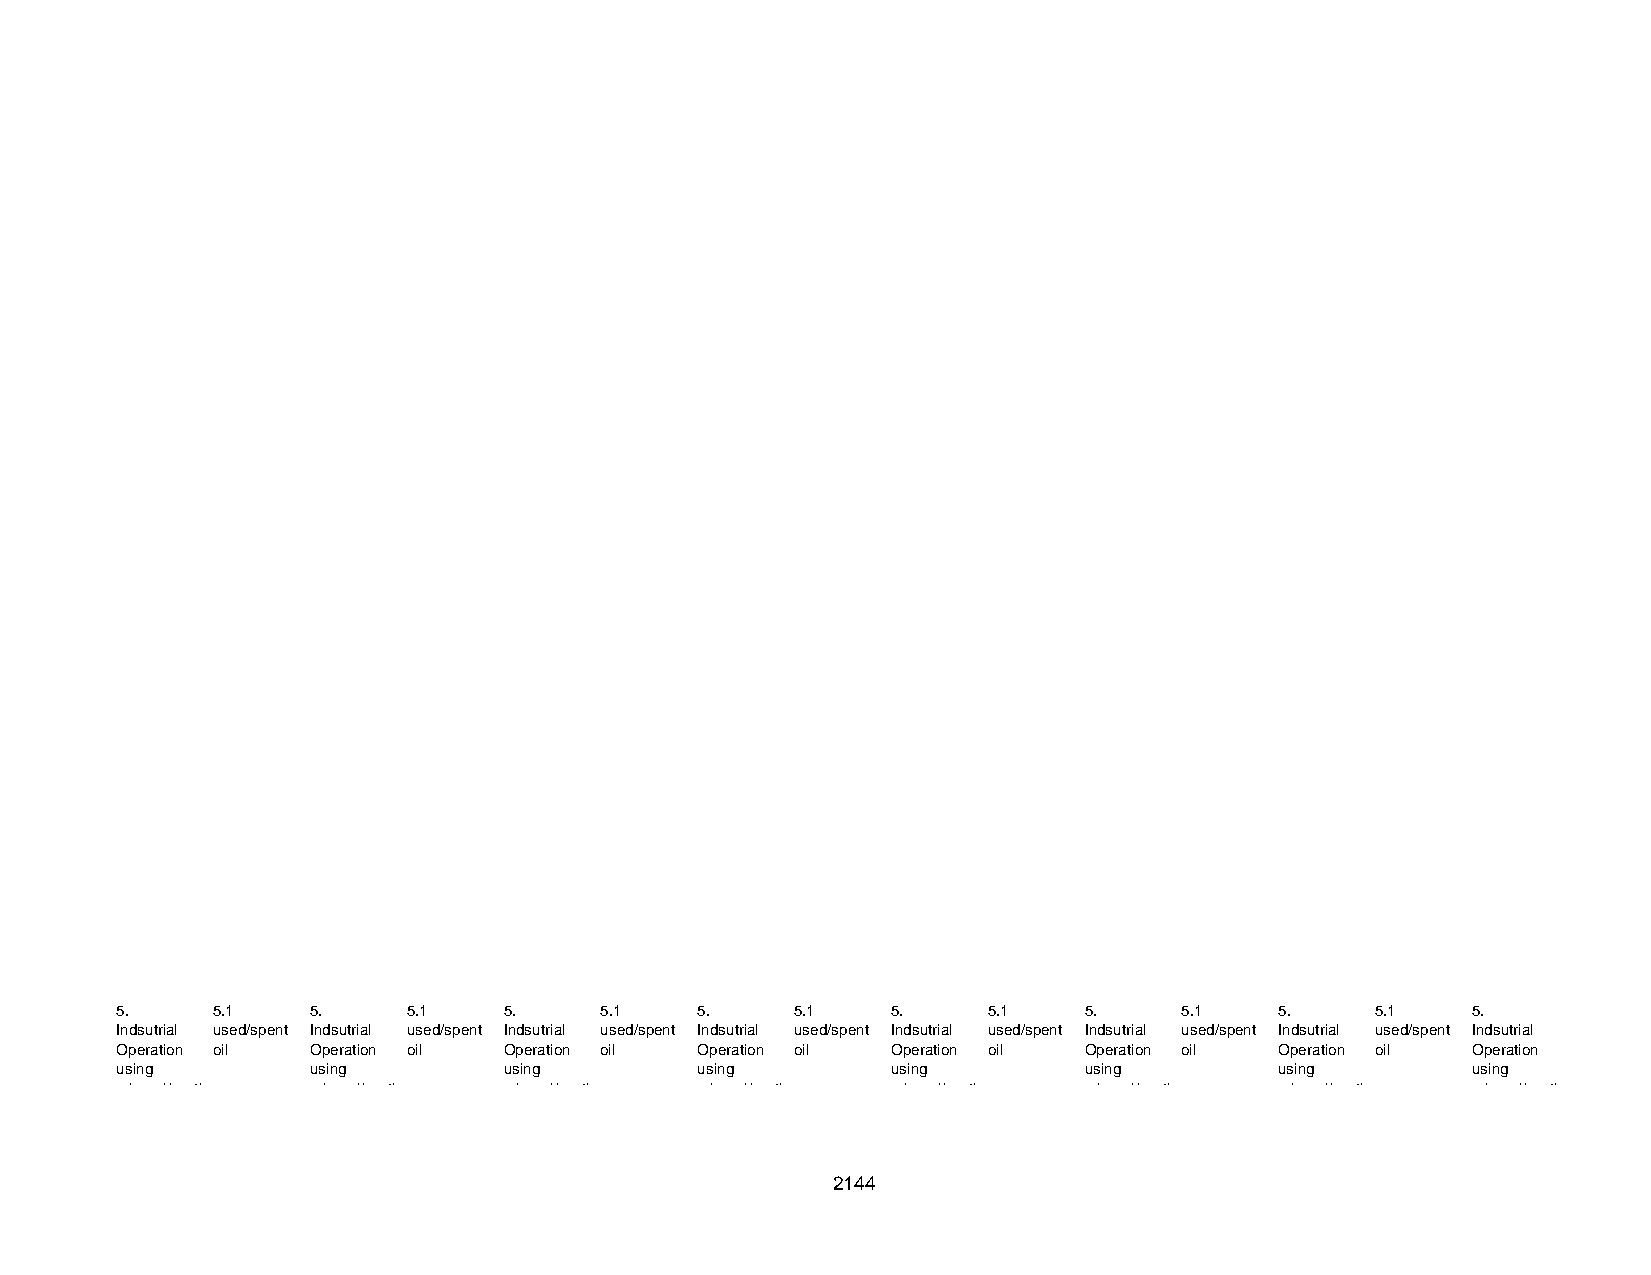
5.    5 . 1  5 .   5 . 1 5 .    5 . 1 5 .    5 . 1 5 .   5 . 1  5 .   5 . 1  5 .   5 . 1 5 .
 Indsutrial used/spent Indsutrial used/spent Indsutrial used/spent Indsutrial used/spent Indsutrial used/spent Indsutrial used/spent Indsutrial used/spent Indsutrial
 Operation oil Operation oil Operation oil Operation oil Operation oil Operation oil Operation oil Operation
 using        using       using        using        using        using        using       using
 mineral/synth mineral/synth mineral/synth mineral/synth mineral/synth mineral/synth mineral/synth mineral/synth
 2144